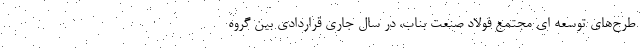
طرح‌های توسعه ای مجتمع فولاد صنعت بناب، در سال جاری قراردادی بین گروه